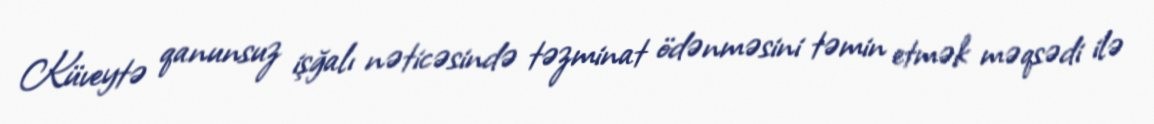
Küveytə qanunsuz işğalı nəticəsində təzminat ödənməsini təmin etmək məqsədi ilə